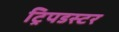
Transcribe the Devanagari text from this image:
ट्रिपडस्टर